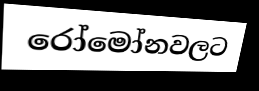
රෝමෝනවලට